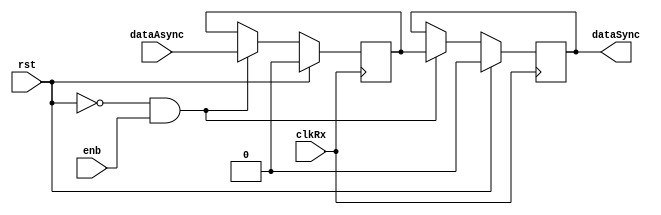
`timescale 1ns/1ps
/*Sincroniza los datos de entrada desde el transmisor, que pueden estar en desfase,
con el reloj del receptor, utilizando "2-FF synchronizers"*/
module sincronizador (
  output reg dataSync,  //salida sincronizada con el reloj del receptor
  input wire dataAsync, //entrada asincronica desde el transmisor
  input wire clkRx,     //reloj del receptor
  input wire enb,      //seal de enable
  input wire rst      //seal de reset
);

//parametro para selecionar posicion en la memoria de contador
parameter PwrC=0;
reg flop1;

always @ ( posedge clkRx ) begin
  if (rst) begin
    flop1 <= 1'b0;
    dataSync <= 1'b0;
  end else if (~rst && enb) begin
    flop1 <= dataAsync;
    dataSync <= flop1;
  end
end

endmodule // sincronizador